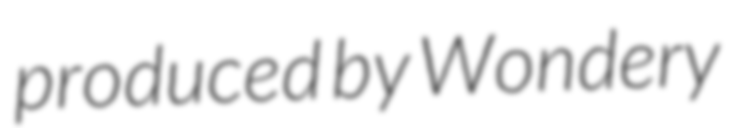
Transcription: produced by Wondery